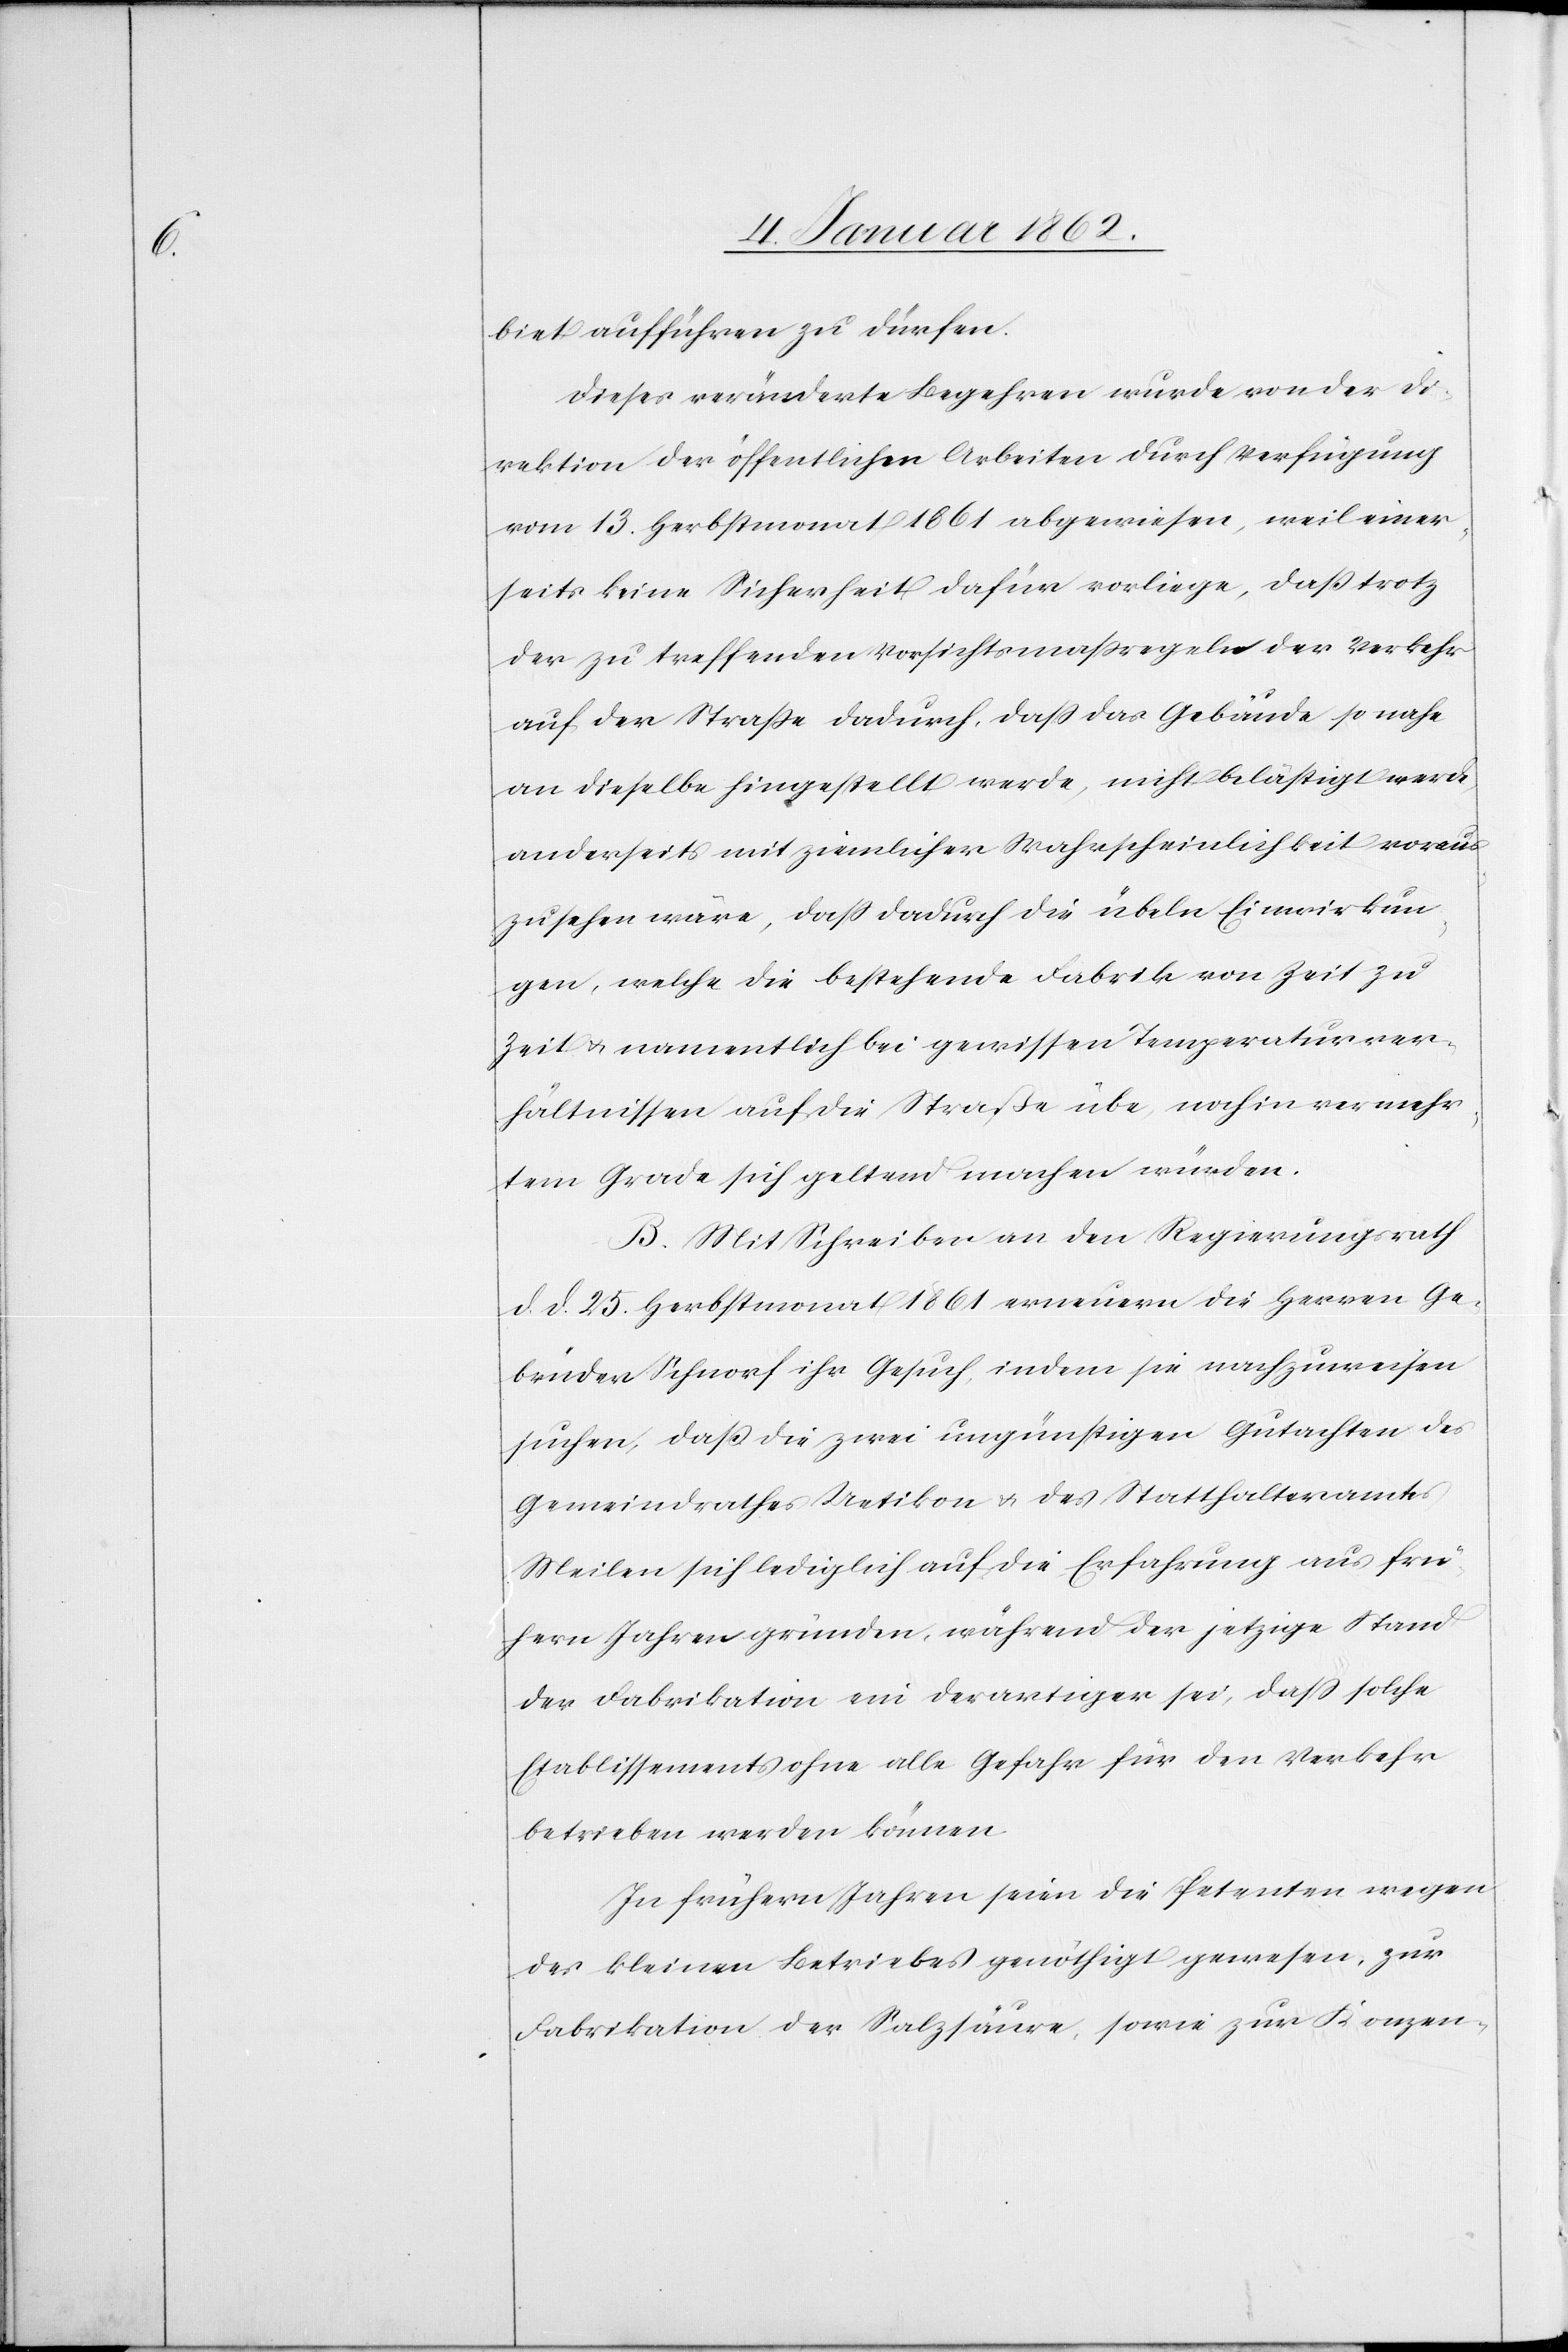
biet aufführen zu dürfen.
Dieses veränderte Begehren wurde von der Di¬
rektion der öffentlichen Arbeiten durch Verfügung
vom 13. Herbstmonat 1861 abgewiesen, weil einer¬
seits keine Sicherheit dafür vorliege, daß trotz
der zu treffenden Vorsichtsmaßregeln der Verkehr
auf der Straße dadurch, daß das Gebäude so nahe
an dieselbe hingestellt werde, nicht belästigt werde,
anderseits mit ziemlicher Wahrscheinlichkeit voraus¬
zusehen wäre, daß dadurch die übeln Einwirkun¬
gen, welche die bestehende Fabrik von Zeit zu
Zeit u. namentlich bei gewissen Temperaturver¬
hältnissen auf die Straße übe, noch in vermehr¬
tem Grade sich geltend machen würden.
B. Mit Schreiben an den Regierungsrath
d. d. 25. Herbstmonat 1861 erneuern die Herren Ge¬
brüder Schnorf ihr Gesuch, indem sie nachzuweisen
suchen, daß die zwei ungünstigen Gutachten des
Gemeindrathes Uetikon u. des Statthalteramtes
Meilen sich lediglich auf die Erfahrung aus frü¬
hern Jahren gründen, während der jetzige Stand
der Fabrikation ein derartiger sei, daß solche
Etablissements ohne alle Gefahr für den Verkehr
betrieben werden können.
In frühern Jahren seien die Petenten wegen
des kleinen Betriebes genöthigt gewesen, zur
Fabrikation der Salzsäure, sowie zur Konzen-